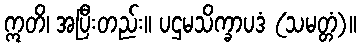
ဣတိ၊ အပြီးတည်း။ ပဌမသိက္ခာပဒံ (သမတ္တံ)။